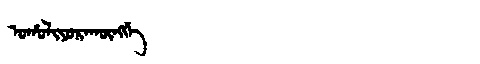
Manchu: ᠣᡥᠣᠯᡳᠶᠣᡵᠠᡴᡡᠩᡤᡝ
Romanization: OHOLIYORAKŪNGGE